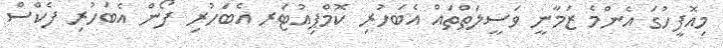
މިއޮފީހުގަ އެންމެ ޒަމާނީ ވަސީލަތްތައް އެބަހުރި ކޮމްޕިއުޓަރ އެބަހުރި ފޯން އެބަހުރި ފެކްސް